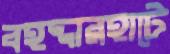
বহদ্দারহাটে